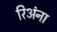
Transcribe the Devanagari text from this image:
रिअंना